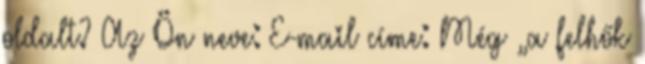
oldalt? Az Ön neve: E-mail címe: Még „a felhők